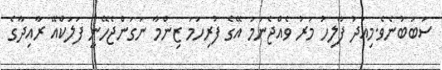
ސަބަބުނެވެ.މިއަދު ފާލިހު މަރު ވެއްޖެނަމަ އޭގެ ފުރިހަމަ ޒިންމާ ނަގަންޖެހޭނީ ފަލަކްއޭ ރާއިދާގެ